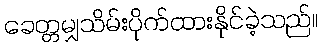
ခေတ္တမျှသိမ်းပိုက်ထားနိုင်ခဲ့သည်။